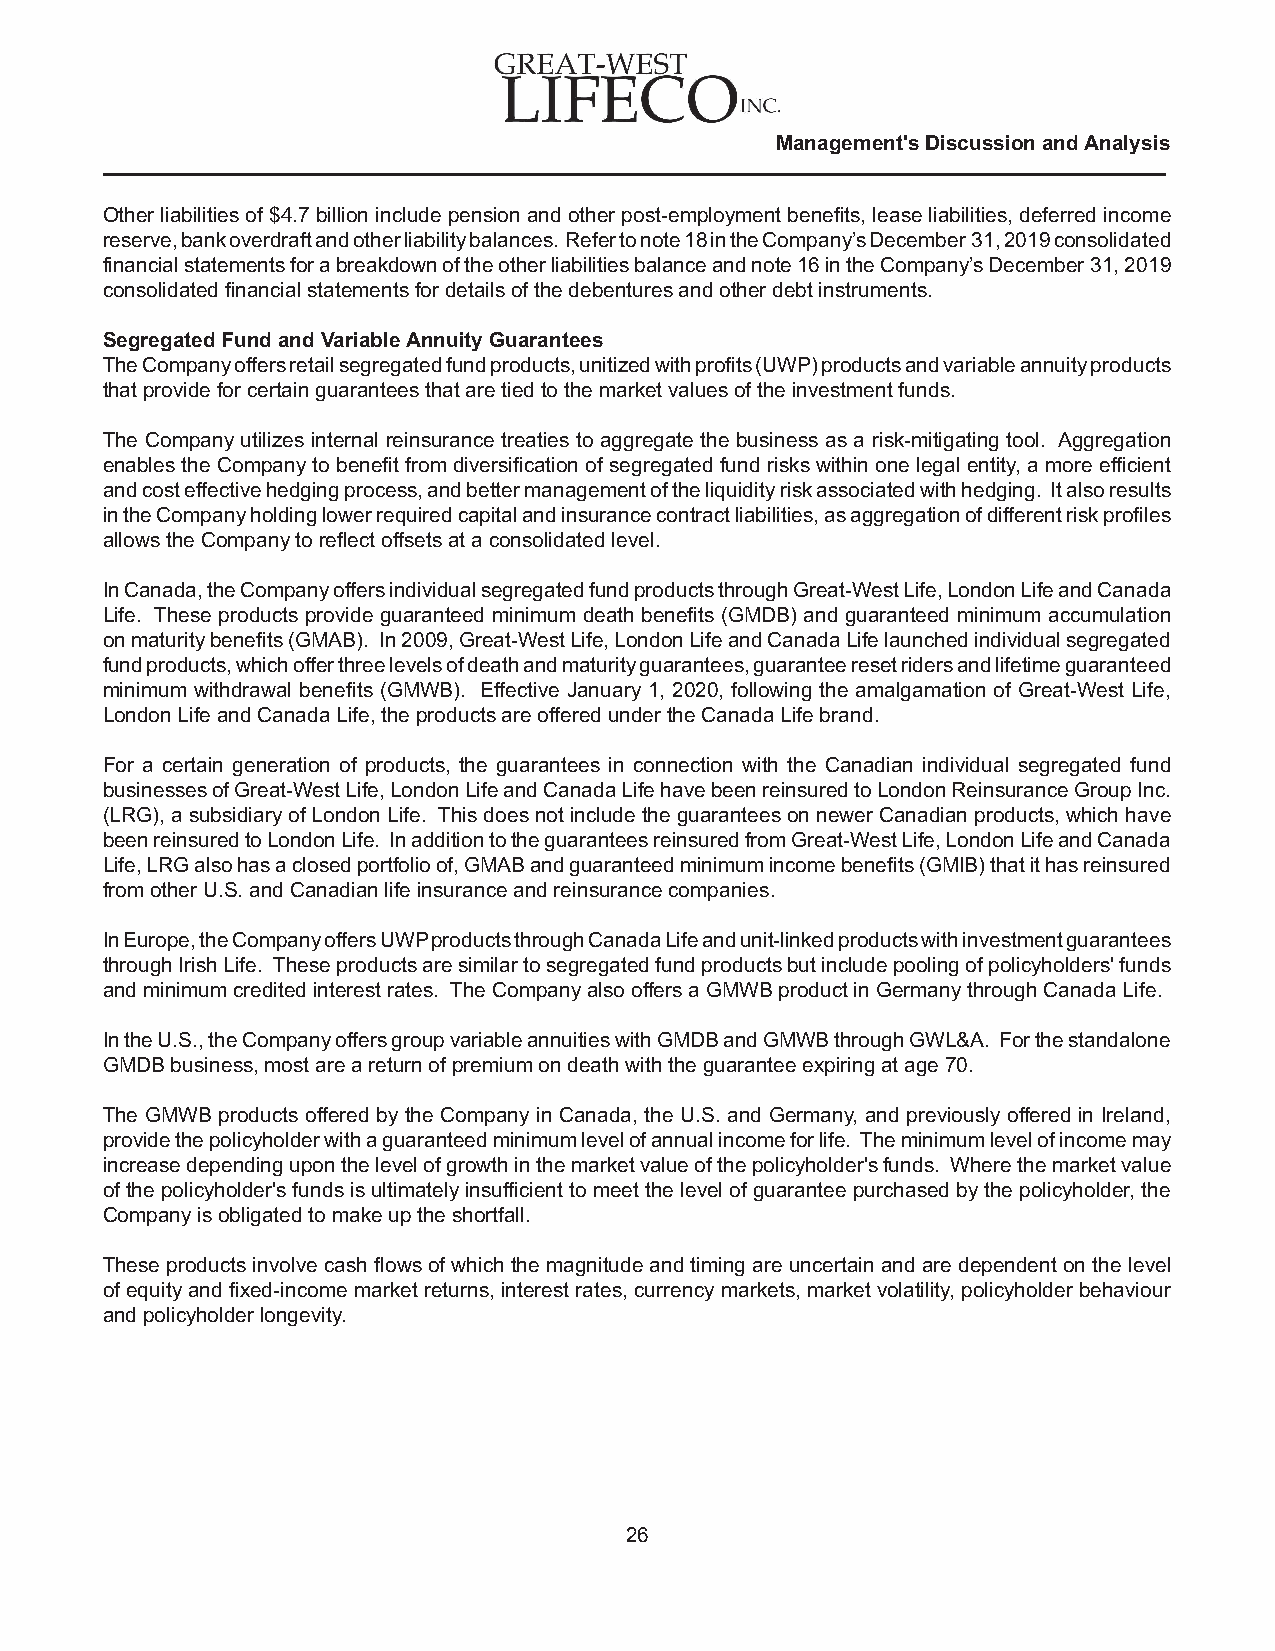
Management's Discussion and Analysis
 Other liabilities of $4.7 billion include pension and other post-employment benefits, lease liabilities, deferred income
 reserve, bank overdraft and other liability balances. Refer to note 18 in the Company’s December 31, 2019 consolidated
 financial statements for a breakdown of the other liabilities balance and note 16 in the Company’s December 31, 2019
 consolidated financial statements for details of the debentures and other debt instruments.
 Segregated Fund and Variable Annuity Guarantees
 The Company offers retail segregated fund products, unitized with profits (UWP) products and variable annuity products
 that provide for certain guarantees that are tied to the market values of the investment funds.
 The Company utilizes internal reinsurance treaties to aggregate the business as a risk-mitigating tool. Aggregation
 enables the Company to benefit from diversification of segregated fund risks within one legal entity, a more efficient
 and cost effective hedging process, and better management of the liquidity risk associated with hedging. It also results
 in the Company holding lower required capital and insurance contract liabilities, as aggregation of different risk profiles
 allows the Company to reflect offsets at a consolidated level.
 In Canada, the Company offers individual segregated fund products through Great-West Life, London Life and Canada
 Life. These products provide guaranteed minimum death benefits (GMDB) and guaranteed minimum accumulation
 on maturity benefits (GMAB). In 2009, Great-West Life, London Life and Canada Life launched individual segregated
 fund products, which offer three levels of death and maturity guarantees, guarantee reset riders and lifetime guaranteed
 minimum withdrawal benefits (GMWB). Effective January 1, 2020, following the amalgamation of Great-West Life,
 London Life and Canada Life, the products are offered under the Canada Life brand.
 For a certain generation of products, the guarantees in connection with the Canadian individual segregated fund
 businesses of Great-West Life, London Life and Canada Life have been reinsured to London Reinsurance Group Inc.
 (LRG), a subsidiary of London Life. This does not include the guarantees on newer Canadian products, which have
 been reinsured to London Life. In addition to the guarantees reinsured from Great-West Life, London Life and Canada
 Life, LRG also has a closed portfolio of, GMAB and guaranteed minimum income benefits (GMIB) that it has reinsured
 from other U.S. and Canadian life insurance and reinsurance companies.
 In Europe, the Company offers UWP products through Canada Life and unit-linked products with investment guarantees
 through Irish Life. These products are similar to segregated fund products but include pooling of policyholders' funds
 and minimum credited interest rates. The Company also offers a GMWB product in Germany through Canada Life.
 In the U.S., the Company offers group variable annuities with GMDB and GMWB through GWL&A. For the standalone
 GMDB business, most are a return of premium on death with the guarantee expiring at age 70.
 The GMWB products offered by the Company in Canada, the U.S. and Germany, and previously offered in Ireland,
 provide the policyholder with a guaranteed minimum level of annual income for life. The minimum level of income may
 increase depending upon the level of growth in the market value of the policyholder's funds. Where the market value
 of the policyholder's funds is ultimately insufficient to meet the level of guarantee purchased by the policyholder, the
 Company is obligated to make up the shortfall.
 These products involve cash flows of which the magnitude and timing are uncertain and are dependent on the level
 of equity and fixed-income market returns, interest rates, currency markets, market volatility, policyholder behaviour
 and policyholder longevity.
 26